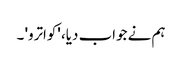
ہم نے جواب دیا، 'کواترو' ۔